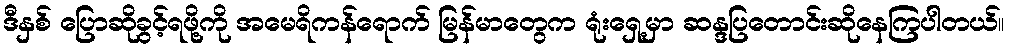
ဒီနှစ် ပြောဆိုခွင့်ရဖို့ကို အမေရိကန်ရောက် မြန်မာတွေက ရုံးရှေ့မှာ ဆန္ဒပြတောင်းဆိုနေကြပါတယ်။